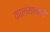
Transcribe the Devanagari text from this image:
कालमानाने